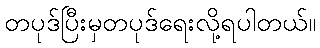
တပုဒ်ပြီးမှတပုဒ်ရေးလို့ရပါတယ်။